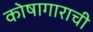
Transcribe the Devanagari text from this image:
कोषागाराची